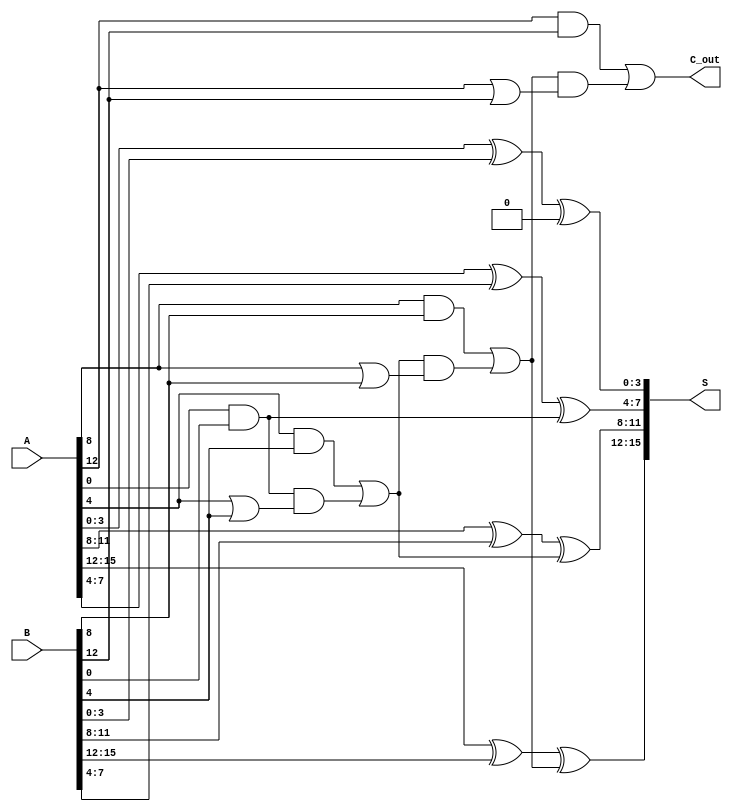
module han_carlson_adder #(parameter N = 16, parameter BLOCK_SIZE = 4) (
    input [N-1:0] A,
    input [N-1:0] B,
    output [N-1:0] S,
    output C_out
);

    // Define the number of blocks based on the parameters
    localparam NUM_BLOCKS = N / BLOCK_SIZE;

    // Internal wires for carry signals
    wire [NUM_BLOCKS:0] carry; // carry[0] is C_in, carry[NUM_BLOCKS] is C_out

    // Initial carry in (for the first block)
    assign carry[0] = 1'b0;

    // Generate sum and carry for each block
    genvar i;
    generate
        for (i = 0; i < NUM_BLOCKS; i = i + 1) begin: block
            wire [BLOCK_SIZE-1:0] A_block = A[(i*BLOCK_SIZE) +: BLOCK_SIZE];
            wire [BLOCK_SIZE-1:0] B_block = B[(i*BLOCK_SIZE) +: BLOCK_SIZE];

            // Compute sum and carry for this block
            wire [BLOCK_SIZE-1:0] S_block;
            wire C_out_block;

            // Calculate the sum for the current block
            assign S_block = A_block ^ B_block ^ carry[i];

            // Carry generation logic for the current block
            assign C_out_block = (A_block & B_block) | (carry[i] & (A_block | B_block));

            // Assign the calculated values to the output
            assign carry[i + 1] = C_out_block;
            assign S[(i*BLOCK_SIZE) +: BLOCK_SIZE] = S_block;
        end
    endgenerate

    // Final carry out
    assign C_out = carry[NUM_BLOCKS];

endmodule